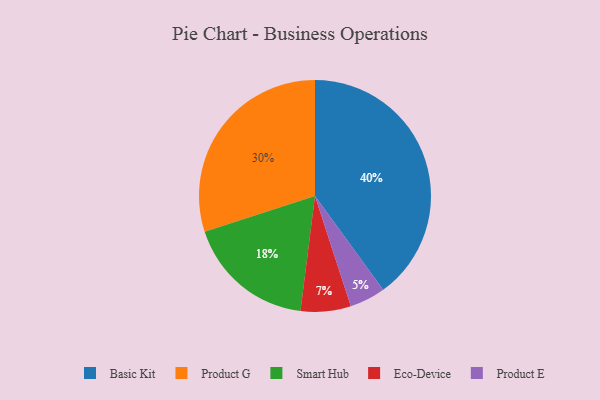
{"axis": {"x": "Category", "y": "Percentage"}, "legend": ["Basic Kit", "Eco-Device", "Product E", "Product G", "Smart Hub"], "data": [{"x": "Eco-Device", "y": 7, "type": "Eco-Device"}, {"x": "Product G", "y": 30, "type": "Product G"}, {"x": "Product E", "y": 5, "type": "Product E"}, {"x": "Basic Kit", "y": 40, "type": "Basic Kit"}, {"x": "Smart Hub", "y": 18, "type": "Smart Hub"}]}